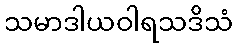
သမာဒါယဝါရသဒိသံ